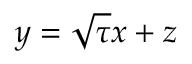
y = \sqrt { \tau } x + z